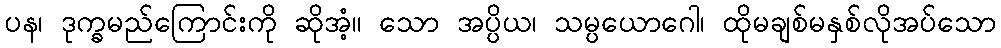
ပန၊ ဒုက္ခမည်ကြောင်းကို ဆိုအံ့။ သော အပ္ပိယ၊ သမ္ပယောဂေါ၊ ထိုမချစ်မနှစ်လိုအပ်သော